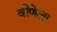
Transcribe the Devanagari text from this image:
वीणेला